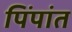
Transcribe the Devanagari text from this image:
पिंपांत